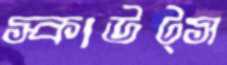
স্কাউট্স